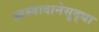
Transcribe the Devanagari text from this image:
आस्वादानेसुद्धा